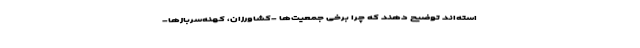
استه‌اند توضیح دهند که چرا برخی جمعیت‌ها -کشاورزان، کهنه‌سربازها-